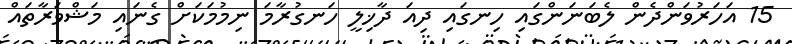
15 އަހަރުވަންދެން ލެބަނަންގައި ހިނގައި ދިއަ ދާޚިލީ ހަނގުރާމަ ނިމުމަކަށް ގެނައި މަޝްވަރާތައް